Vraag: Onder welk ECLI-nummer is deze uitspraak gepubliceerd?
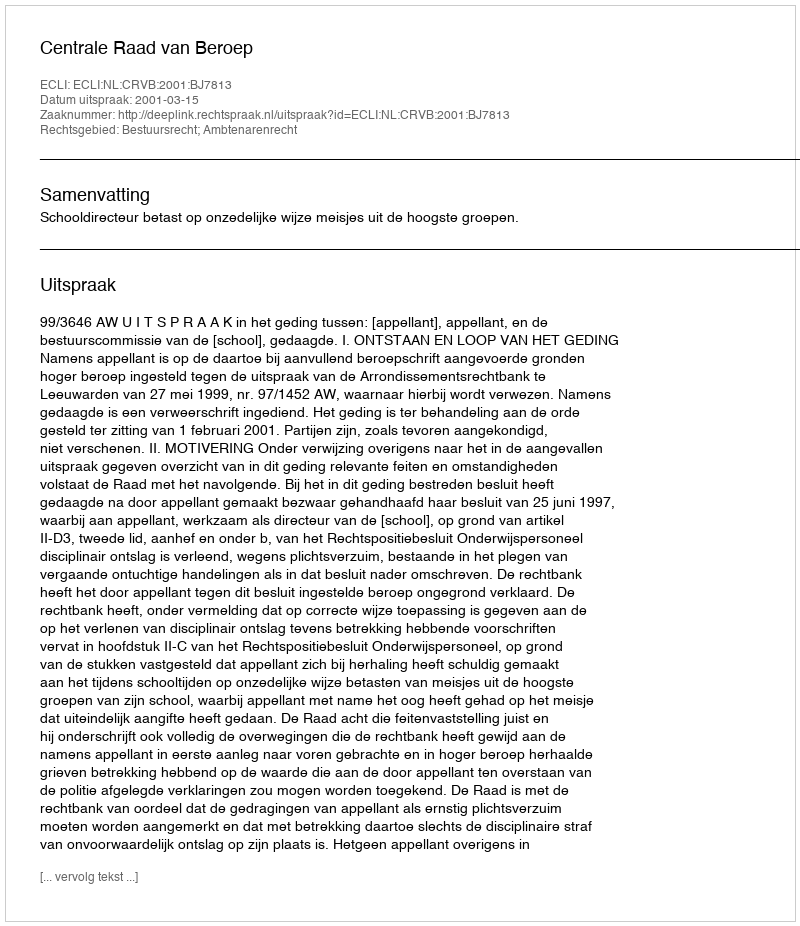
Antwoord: ECLI:NL:CRVB:2001:BJ7813